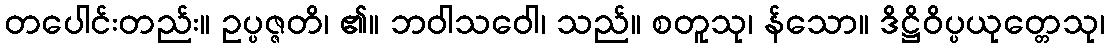
တပေါင်းတည်း။ ဥပ္ပဇ္ဇတိ၊ ၏။ ဘဝါသဝေါ၊ သည်။ စတူသု၊ န်သော။ ဒိဋ္ဌိဝိပ္ပယုတ္တေသု၊